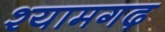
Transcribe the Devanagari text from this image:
श्यामगढ़